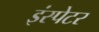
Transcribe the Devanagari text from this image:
इंस्पेटर